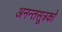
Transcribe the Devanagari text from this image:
अनन्तसूत्रको